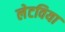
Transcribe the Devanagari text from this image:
लेटविया